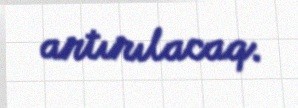
artırılacaq.